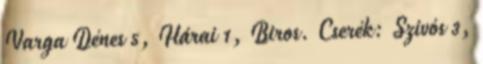
Varga Dénes 5, Hárai 1, Biros. Cserék: Szivós 3,